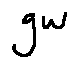
g w